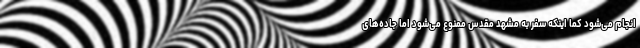
انجام می‌شود کما اینکه سفر به مشهد مقدس ممنوع می‌شود اما جاده‌های